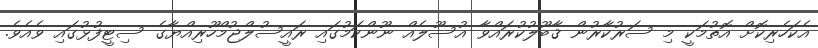
އެކަހެރިކޮށް އޮތުމަކީ މި ސަރުކާރުން ޤާބޫލުކުރައްވާ އުސޫލެއް ނޫންކަމުގައި ރައީސުލްޖުމްހޫރިއްޔާގެ ސިޓީފުޅުގައި ވެއެވެ.